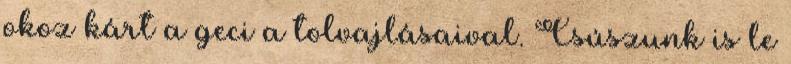
okoz kárt a geci a tolvajlásaival. Csúszunk is le